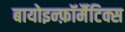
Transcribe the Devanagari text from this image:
बायोइन्फ़ॉर्मैटिक्स